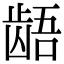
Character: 龉